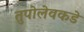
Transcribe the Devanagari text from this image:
तुपोलेवकडे